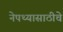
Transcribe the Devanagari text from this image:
नेपथ्यासाठीचे